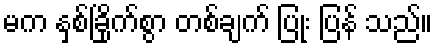
မက နှစ်ခြိုက်စွာ တစ်ချက် ပြုံး ပြန် သည်။